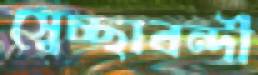
স্বেচ্ছাবন্দী